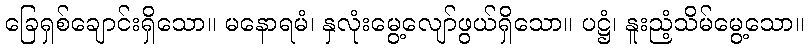
ခြေရှစ်ချောင်းရှိသော။ မနောရမံ၊ နှလုံးမွေ့လျော်ဖွယ်ရှိသော။ ပဋ္ဌံ၊ နူးညံ့သိမ်မွေ့သော။